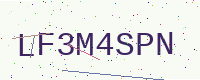
Text: LF3M4SPN